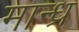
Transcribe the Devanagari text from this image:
मान्ध्र